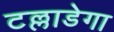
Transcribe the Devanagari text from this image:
टल्लाडेगा